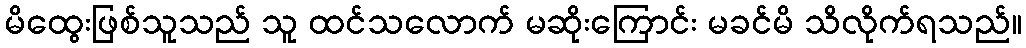
မိထွေးဖြစ်သူသည် သူ ထင်သလောက် မဆိုးကြောင်း မခင်မိ သိလိုက်ရသည်။